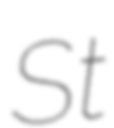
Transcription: St